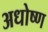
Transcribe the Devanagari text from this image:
अधोष्ण